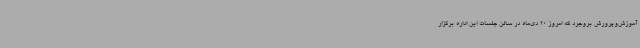
آموزش‌وپرورش بروجرد که امروز 20 دی‌ماه در سالن جلسات این اداره برگزار